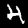
Digit: 4